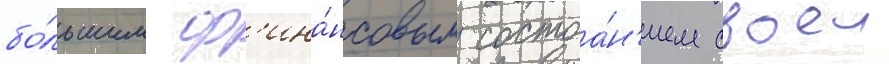
бо́льшим ф'ина́нсовым состоа́н'ием своеи